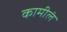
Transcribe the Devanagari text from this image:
कामीलं